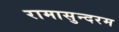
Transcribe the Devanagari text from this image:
रामासुन्दरम